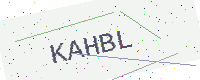
Text: KAHBL